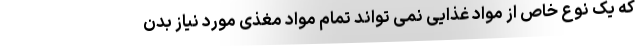
که یک نوع خاص از مواد غذایی نمی تواند تمام مواد مغذی مورد نیاز بدن